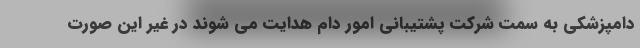
دامپزشکی به سمت شرکت پشتیبانی امور دام هدایت می شوند در غیر این صورت